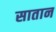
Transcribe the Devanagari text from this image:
सातान